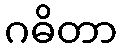
ဂဓိတာ